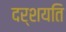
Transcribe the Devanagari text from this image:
दर्शयति